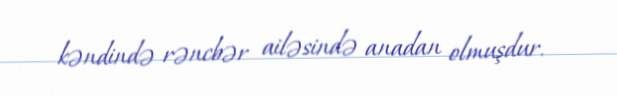
kəndində rəncbər ailəsində anadan olmuşdur.